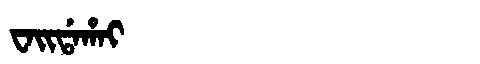
Manchu: ᠸᠠᡳᡩᠠᡥᠠᡳ
Romanization: WAIDAHAI